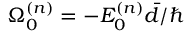
\Omega _ { 0 } ^ { ( n ) } = - E _ { 0 } ^ { ( n ) } { \bar { d } } / \hbar